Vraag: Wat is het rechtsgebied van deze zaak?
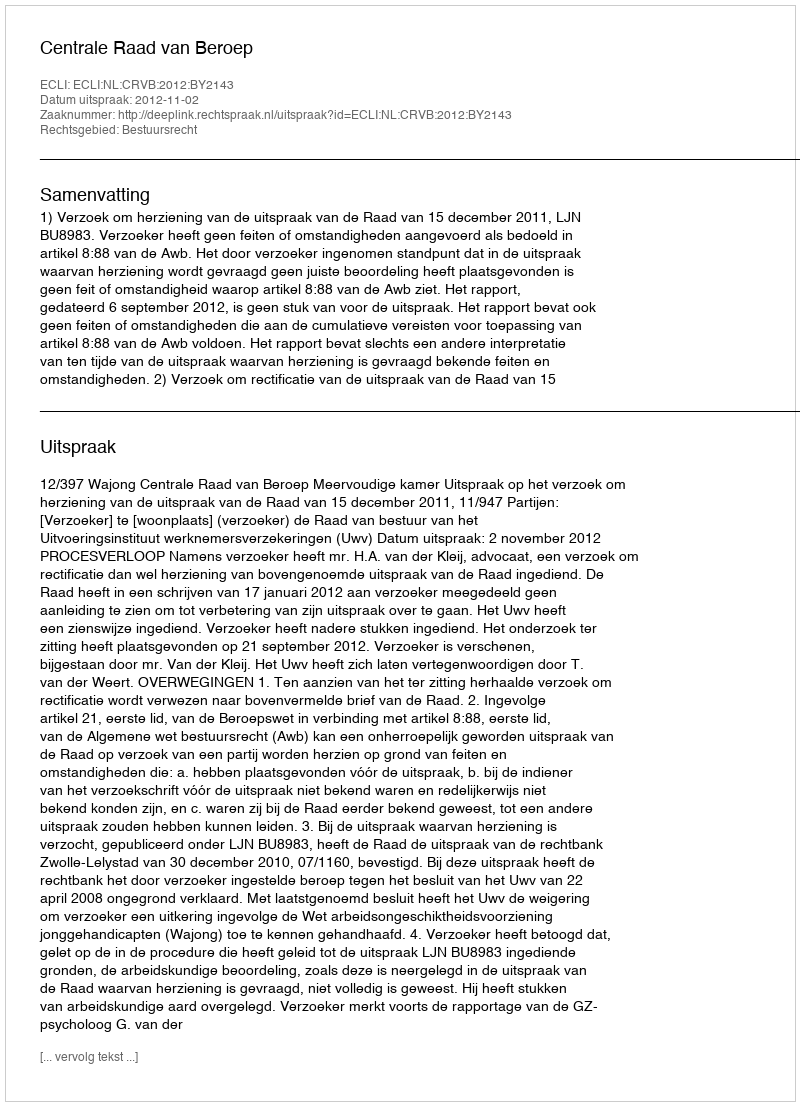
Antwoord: Bestuursrecht